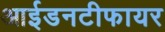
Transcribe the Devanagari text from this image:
आईडनटीफायर